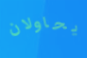
يحاولان